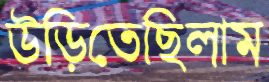
উড়িতেছিলাম